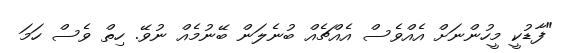
"ފާޑުކީ މީހުންނަށް އެއްވެސް އެއްޗެއް ބުނެލަން ބޭނުމެއް ނުވޭ. ހިތް ވެސް ހަމަ